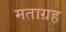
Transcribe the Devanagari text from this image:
मताग्रह